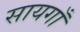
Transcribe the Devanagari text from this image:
सायगाँ